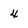
Character: 4